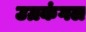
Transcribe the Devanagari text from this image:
उग्रकंगल